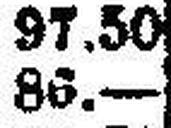
86.—